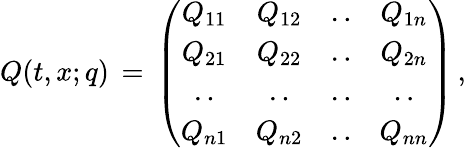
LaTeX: Q(t,x;q)\, =\, \left(\begin{array}{cccc}{{Q_{11}}}&{{Q_{12}}}&{{..}}&{{Q_{1n}}}\\ {{Q_{21}}}&{{Q_{22}}}&{{..}}&{{Q_{2n}}}\\ {{..}}&{{..}}&{{..}}&{{..}}\\ {{Q_{n1}}}&{{Q_{n2}}}&{{..}}&{{Q_{nn}}}\end{array}\right)\, ,